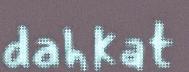
dahkat